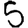
Digit: 5